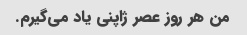
من هر روز عصر ژاپنی یاد می‌گیرم.